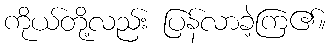
ကိုယ်တို့လည်း ပြန်လာခဲ့ကြ၏။